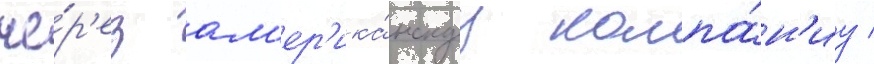
че́р'ез ам'ер'ика́нскуу компа́н'иу /